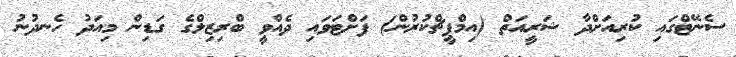
ސެނޭޓްގައި ކުރިއަށްދާ ޝަރީއަތް (އިމްޕީޗްކުރުން) ފަށްޓަވައި ދެއްވީ ބްރިޒިލްގެ ގަޑިން މިއަދު ހެނދުނު